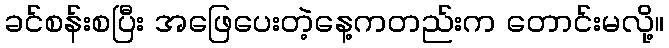
ခင်စန်းစပြီး အဖြေပေးတဲ့နေ့ကတည်းက တောင်းမလို့။